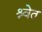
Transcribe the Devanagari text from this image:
श्र्वेत